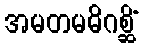
အမတမဓိဂစ္ဆိံ